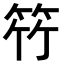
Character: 𮅋